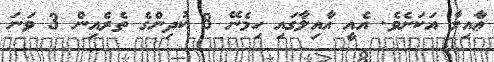
ޢާއިލާ އަކަށެވެ. އެއީ އާއިލާގައި ހިމެނޭ 8 ކުދިންގެ ތެރެއިން 3 ވަނަ